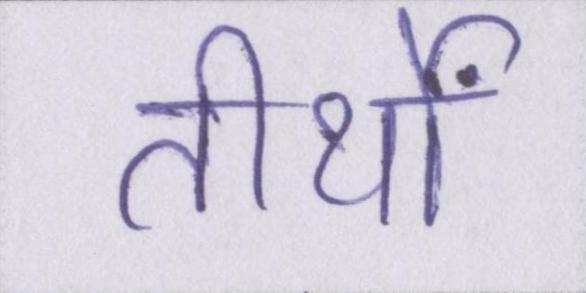
तीर्थों